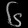
Digit: ၆